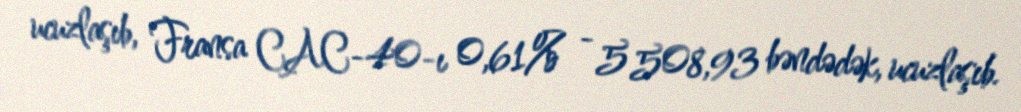
ucuzlaşıb, Fransa CAC-40-ı 0,61% - 5 508,93 bəndədək, ucuzlaşıb.